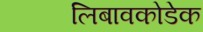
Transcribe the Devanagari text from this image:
लिबावकोडेक